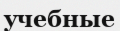
учебные